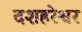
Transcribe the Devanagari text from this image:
दशहरेश्वर